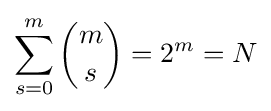
\sum _{s=0}^{m}{m \choose s}=2^{m}=N